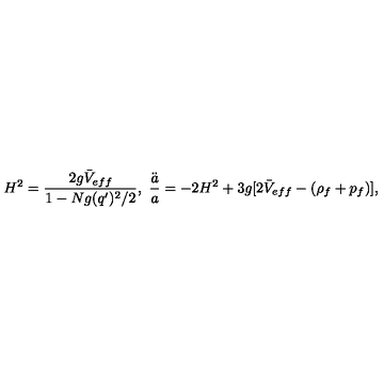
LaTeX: H ^ { 2 } = { \frac { 2 g \bar { V } _ { e f f } } { 1 - N g ( q ^ { \prime } ) ^ { 2 } / 2 } } , \ { \frac { \ddot { a } } { a } } = - 2 H ^ { 2 } + 3 g [ 2 \bar { V } _ { e f f } - ( \rho _ { f } + p _ { f } ) ] ,